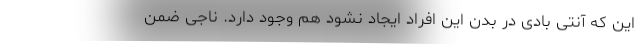
این که آنتی بادی در بدن این افراد ایجاد نشود هم وجود دارد. ناجی ضمن